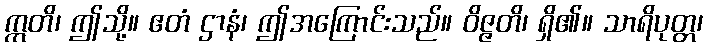
ဣတိ၊ ဤသို့။ ဧတံ ဌာနံ၊ ဤအကြောင်းသည်။ ဝိဇ္ဇတိ၊ ရှိ၏။ သာရိပုတ္တ၊